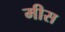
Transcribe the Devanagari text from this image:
मीस